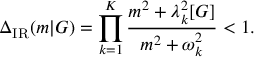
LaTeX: \Delta _ { \mathrm { I R } } ( m | G ) = \prod _ { k = 1 } ^ { K } \frac { m ^ { 2 } + \lambda _ { k } ^ { 2 } [ G ] } { m ^ { 2 } + \omega _ { k } ^ { 2 } } < 1 .